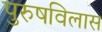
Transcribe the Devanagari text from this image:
पुरुषविलास